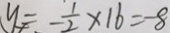
y = - \frac { 1 } { 2 } \times 1 6 = - 8